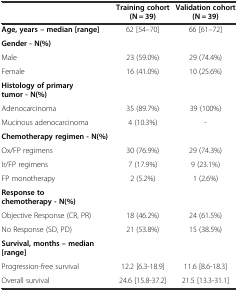
<table><thead><tr><td></td><td><b>Training cohort (N = 39)</b></td><td><b>Validation cohort (N = 39)</b></td></tr></thead><tbody><tr><td><b>Age, years – median [range]</b></td><td>62 [54–70]</td><td>66 [61–72]</td></tr><tr><td><b>Gender - N(%)</b></td><td></td><td></td></tr><tr><td>Male</td><td>23 (59.0%)</td><td>29 (74.4%)</td></tr><tr><td>Female</td><td>16 (41.0%)</td><td>10 (25.6%)</td></tr><tr><td><b>Histology of primary tumor - N(%)</b></td><td></td><td></td></tr><tr><td>Adenocarcinoma</td><td>35 (89.7%)</td><td>39 (100%)</td></tr><tr><td>Mucinous adenocarcinoma</td><td>4 (10.3%)</td><td>-</td></tr><tr><td><b>Chemotherapy regimen - N(%)</b></td><td></td><td></td></tr><tr><td>Ox/FP regimens</td><td>30 (76.9%)</td><td>29 (74.3%)</td></tr><tr><td>Ir/FP regimens</td><td>7 (17.9%)</td><td>9 (23.1%)</td></tr><tr><td>FP monotherapy</td><td>2 (5.2%)</td><td>1 (2.6%)</td></tr><tr><td><b>Response to chemotherapy - N(%)</b></td><td></td><td></td></tr><tr><td>Objective Response (CR, PR)</td><td>18 (46.2%)</td><td>24 (61.5%)</td></tr><tr><td>No Response (SD, PD)</td><td>21 (53.8%)</td><td>15 (38.5%)</td></tr><tr><td><b>Survival, months – median [range]</b></td><td></td><td></td></tr><tr><td>Progression-free survival</td><td>12.2 [6.3-18.9]</td><td>11.6 [8.6-18.3]</td></tr><tr><td>Overall survival</td><td>24.6 [15.8-37.2]</td><td>21.5 [13.3-31.1]</td></tr></tbody></table>